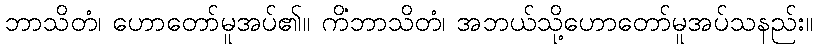
ဘာသိတံ၊ ဟောတော်မူအပ်၏။ ကိံဘာသိတံ၊ အဘယ်သို့ဟောတော်မူအပ်သနည်း။